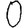
Digit: 0